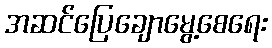
အဆင်ပြေချောမွေ့စေရေး